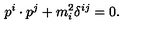
p ^ { i } \cdot p ^ { j } + m _ { i } ^ { 2 } \delta ^ { i j } = 0 .